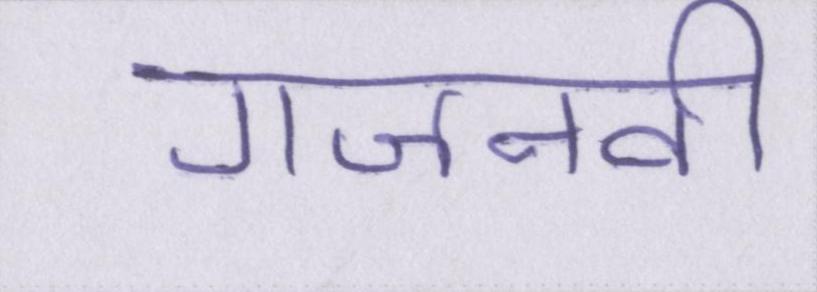
गजनवी